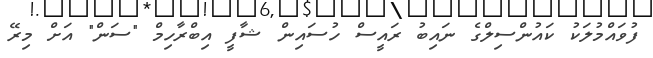
ފުވައްމުލަކު ކައުންސިލްގެ ނައިބު ރައީސް ހުސައިން ޝާފީ އިބްރާހިމް "ސަން" އަށް މިރޭ